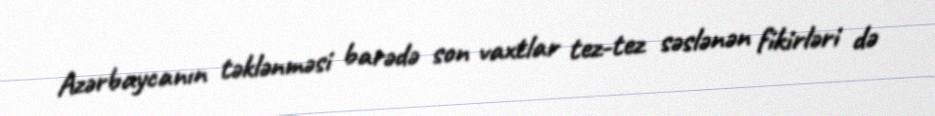
Azərbaycanın təklənməsi barədə son vaxtlar tez-tez səslənən fikirləri də